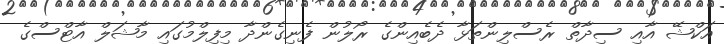
އަކްޝޭ އާއި ސިދާތް ރެސްލިންތަޅާ ދެބެއިންގެ ރޯލުން ފެނިގެންދާ މިފިލްމުގައި މާޝަލް އާޓްސްގެ